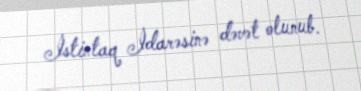
İstintaq İdarəsinə dəvət olunub.